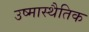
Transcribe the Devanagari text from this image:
उष्मास्थैतिक